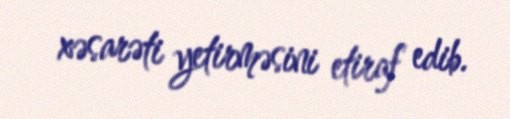
xəsarəti yetirməsini etiraf edib.